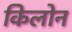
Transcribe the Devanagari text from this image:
किलोन